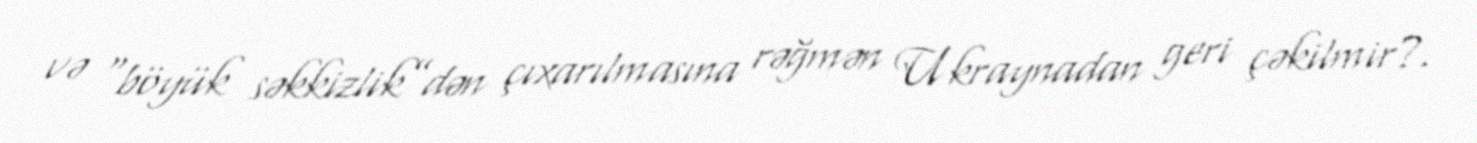
və “böyük səkkizlik”dən çıxarılmasına rəğmən Ukraynadan geri çəkilmir?.